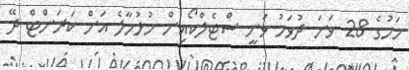
މަހުގެ 28 ވަނަ ދުވަހު ވަނީ ސްޓެލްކޯއިން ހުޅުމާލެ އަށް ކަރަންޓްް ދޭ